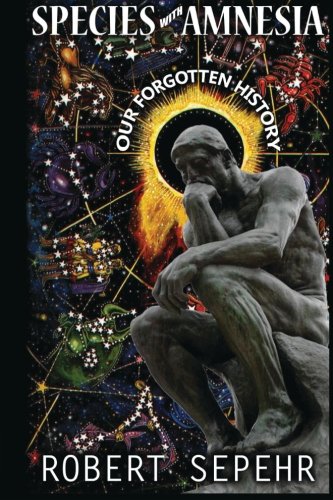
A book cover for Species with Amnesia: Our Forgotten History; Robert Sepehr; Religion & Spirituality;